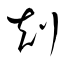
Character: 剋